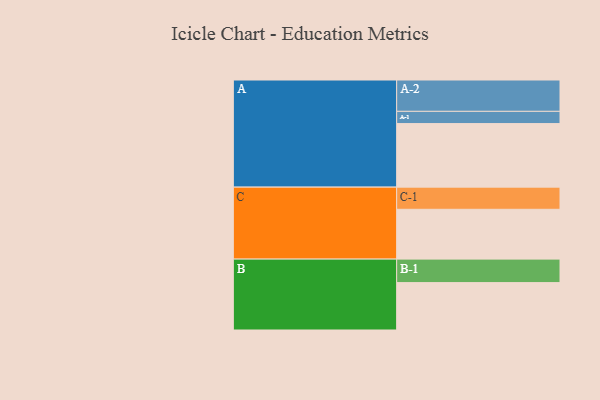
{"axis": {"x": "Segment", "y": "Value"}, "legend": ["", "A", "B", "C"], "data": [{"x": "A", "y": 519, "type": ""}, {"x": "B", "y": 387, "type": ""}, {"x": "C", "y": 407, "type": ""}, {"x": "A-1", "y": 100, "type": "A"}, {"x": "A-2", "y": 256, "type": "A"}, {"x": "B-1", "y": 192, "type": "B"}, {"x": "C-1", "y": 181, "type": "C"}]}